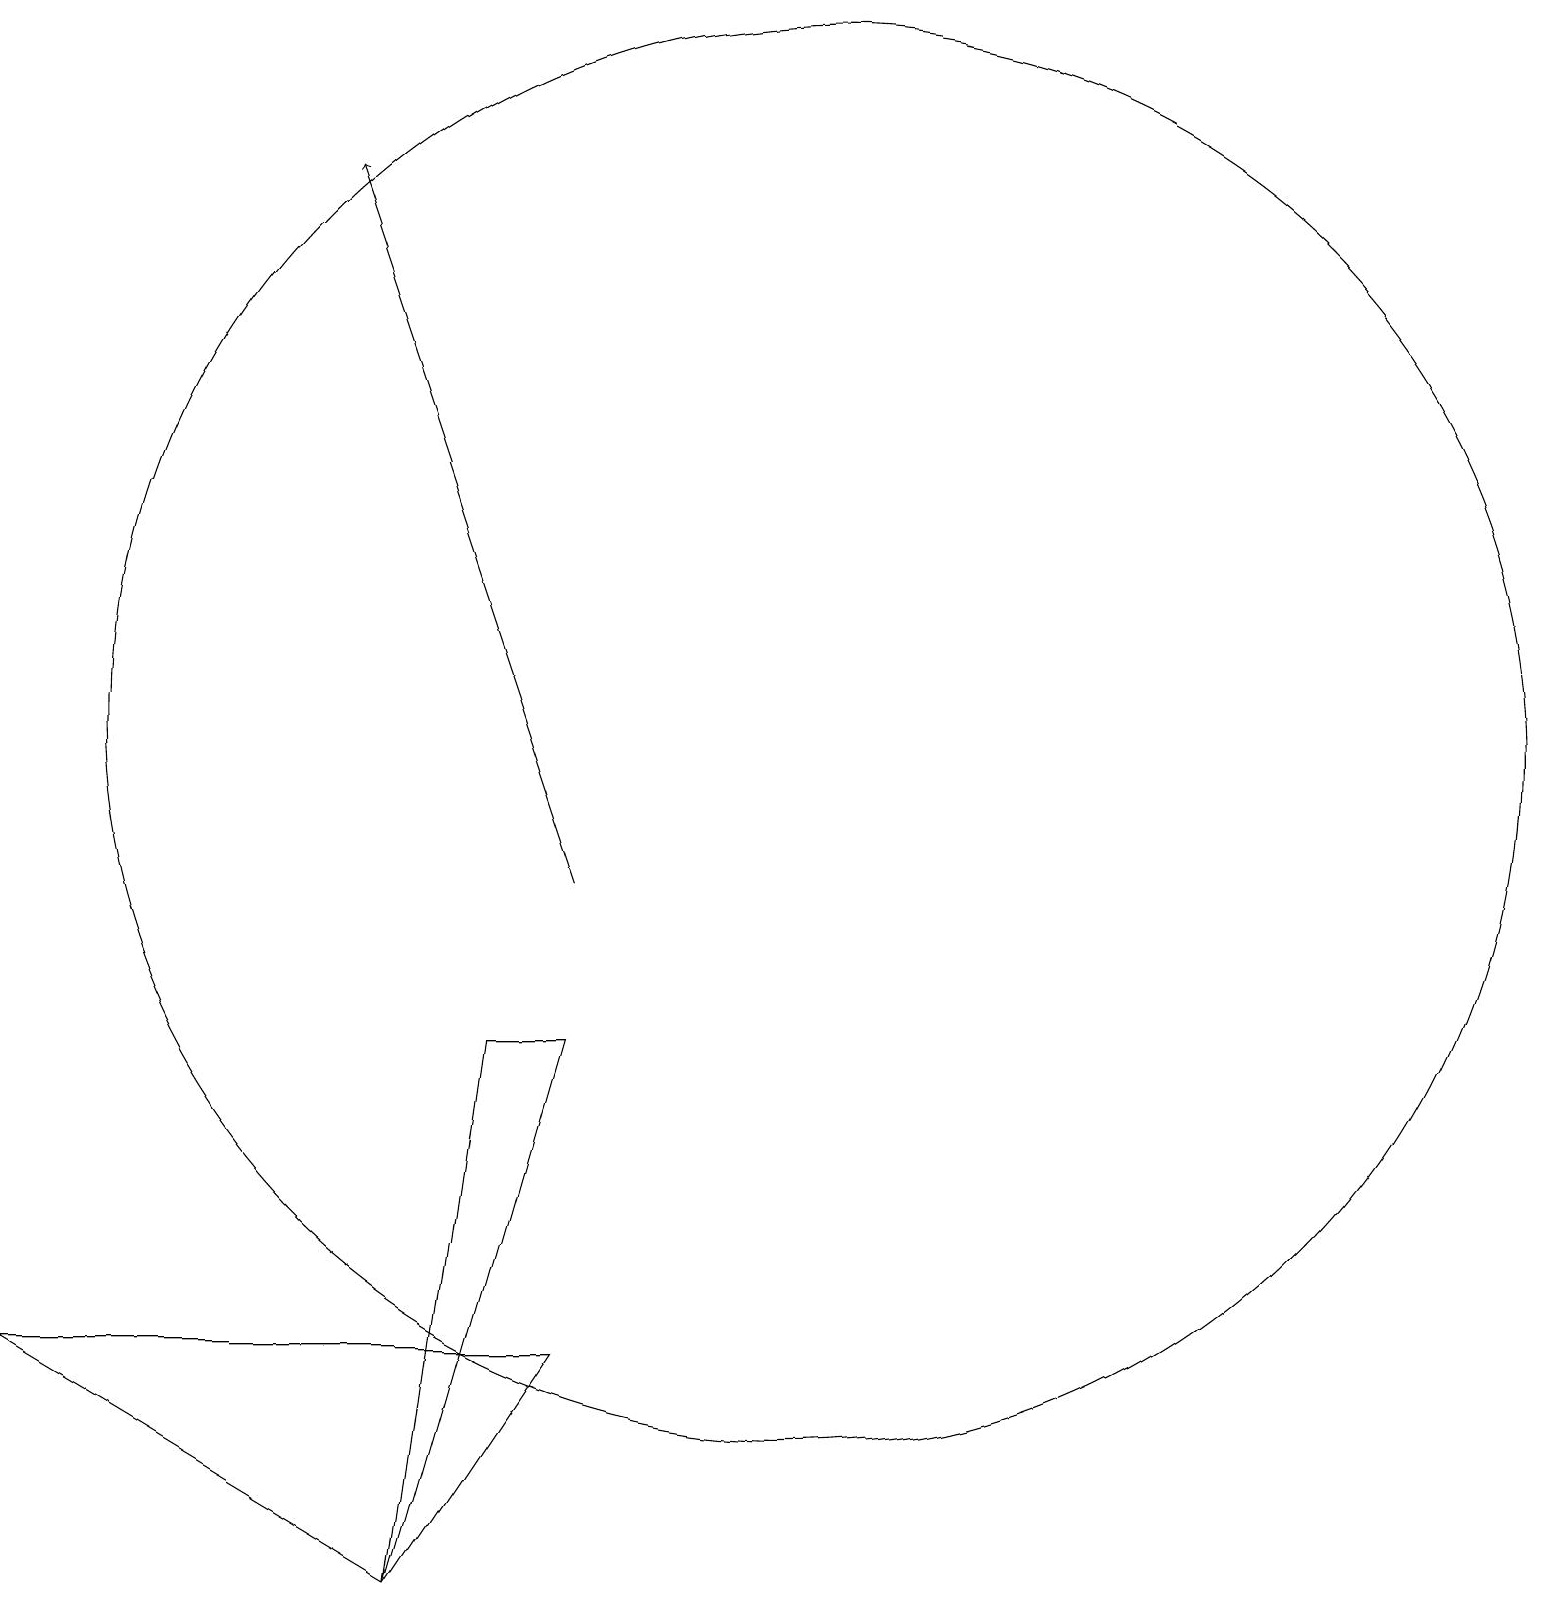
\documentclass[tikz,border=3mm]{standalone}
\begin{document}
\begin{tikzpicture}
\draw[->] (8,10) -- (5,19);
\draw (8,8) -- (7,8) -- (6,1) -- cycle;
\draw (8,4) -- (1,4) -- (6,1) -- cycle;
\draw (11,12) circle (9);
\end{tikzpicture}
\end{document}